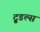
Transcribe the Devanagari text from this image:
टू्डल्स